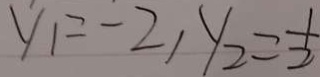
y _ { 1 } = - 2 , y _ { 2 } = \frac { 1 } { 2 }